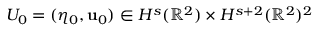
U _ { 0 } = ( \eta _ { 0 } , \mathbf { u } _ { 0 } ) \in H ^ { s } ( \mathbb { R } ^ { 2 } ) \times H ^ { s + 2 } ( \mathbb { R } ^ { 2 } ) ^ { 2 }